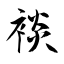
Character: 裧